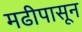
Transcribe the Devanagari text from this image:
मढीपासून